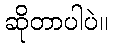
ဆိုတာပါပဲ။